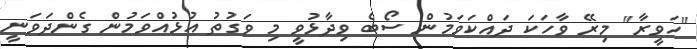
"ހަވީރާ" މިރޭ ވާހަކަ ދައްކަވަމުން ސޯބެ ވިދާޅުވީ މި ވަގުތު އުޅުއްވަމުން ގެންދަވަނީ